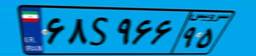
۶۸S۹۶۶۹۵